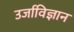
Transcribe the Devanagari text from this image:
उर्जाविज्ञान